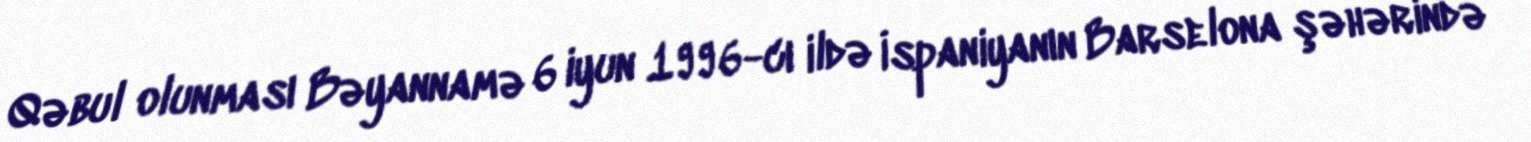
Qəbul olunması Bəyannamə 6 iyun 1996-cı ildə İspaniyanın Barselona şəhərində